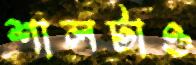
শালটাও